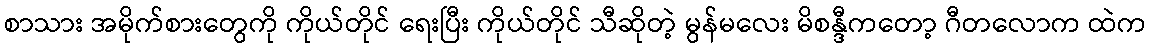
စာသား အမိုက်စားတွေကို ကိုယ်တိုင် ရေးပြီး ကိုယ်တိုင် သီဆိုတဲ့ မွန်မလေး မိစန္ဒီကတော့ ဂီတလောက ထဲက